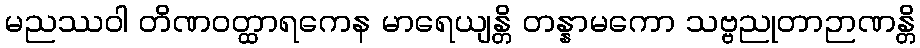
မညဿဝါ တိဏဝတ္ထာရကေန မာရေယျန္တိ တန္နာမကော သဗ္ဗညုတာဉာဏန္တိ